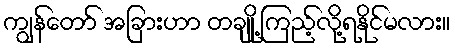
ကျွန်တော် အခြားဟာ တချို့ ကြည့်လို့ရနိုင်မလား။